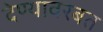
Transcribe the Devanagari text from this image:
देण्यावरबत